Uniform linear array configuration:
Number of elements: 48
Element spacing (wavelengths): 1
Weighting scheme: blackman
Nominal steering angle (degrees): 15
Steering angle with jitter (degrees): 14.687
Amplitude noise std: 0.05
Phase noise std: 0.05

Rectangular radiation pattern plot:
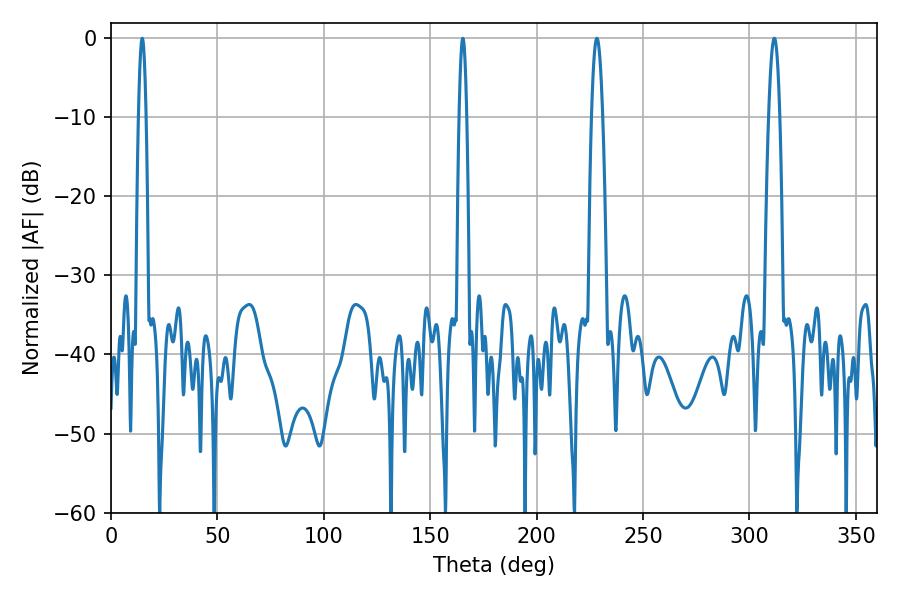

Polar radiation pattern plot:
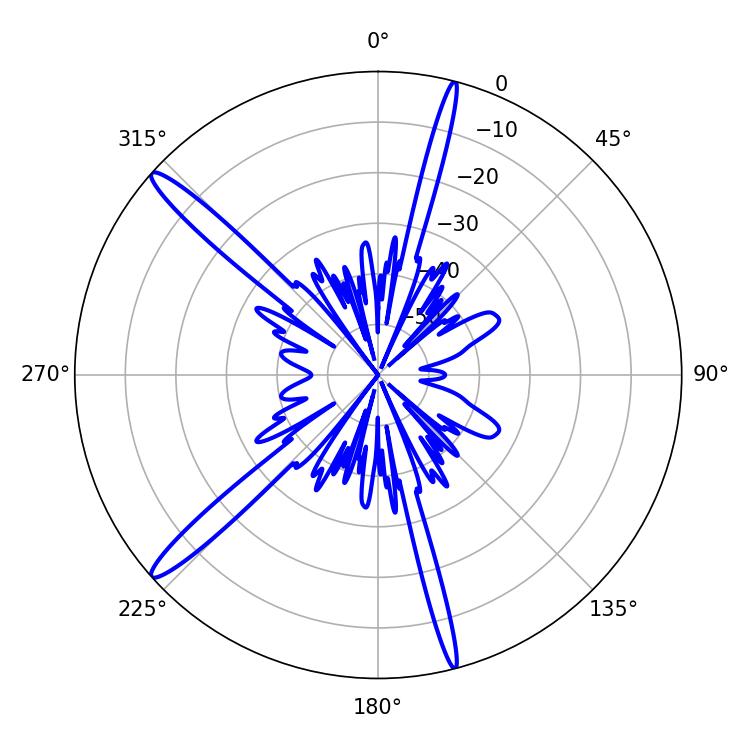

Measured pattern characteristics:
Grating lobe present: TRUE
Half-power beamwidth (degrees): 2.7
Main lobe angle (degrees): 311.76